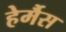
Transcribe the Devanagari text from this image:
हेर्मैस